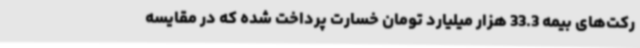
رکت‌های بیمه 33.3 هزار میلیارد تومان خسارت پرداخت شده که در مقایسه